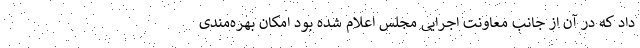
داد که در آن از جانب معاونت اجرایی مجلس اعلام شده بود امکان بهره‌مندی